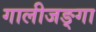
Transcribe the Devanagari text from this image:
गालीजङ्गा